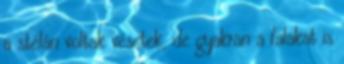
a stélán voltak vésetek, de gyakran a falakat is